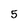
Character: 5